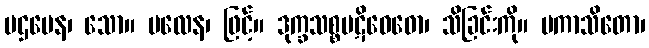
ပဌမေန၊ သော။ ဗလေန၊ ဖြင့်။ ဒုက္ခသစ္စပဋိဝေဓော၊ သိခြင်းကို။ ပကာသိတော၊